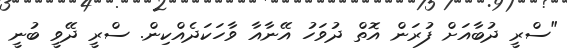
"ސްރީ ދުބާއަށް ފުރަން އޮތް ދުވަހު އޭނާއާ ވާހަކަދެއްކިން. ސްރީ ދޭވީ ބުނީ